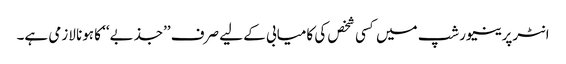
انٹرپرینیورشپ میں کسی شخص کی کامیابی کے لیے صرف ’’جذبے‘‘ کا ہونا لازمی ہے۔